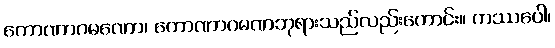
ကောဏာဂမဏော၊ ကောဏာဂမဏဘုရားသည်လည်းကောင်း။ ကဿပေါ၊